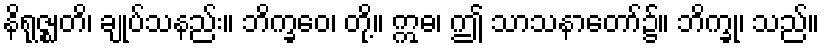
နိရုဇ္ဈတိ၊ ချုပ်သနည်း။ ဘိက္ခဝေ၊ တို့။ ဣဓ၊ ဤ သာသနာတော်၌။ ဘိက္ခု၊ သည်။